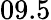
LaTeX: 09.5